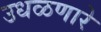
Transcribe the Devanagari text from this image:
उधळणारे